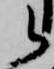
候